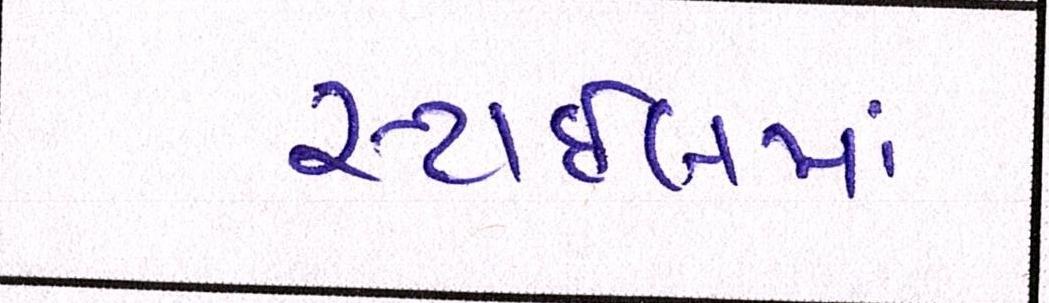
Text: સ્ટાઈલમાં